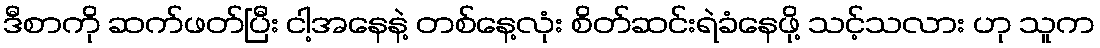
ဒီစာကို ဆက်ဖတ်ပြီး ငါ့အနေနဲ့ တစ်နေ့လုံး စိတ်ဆင်းရဲခံနေဖို့ သင့်သလား ဟု သူက